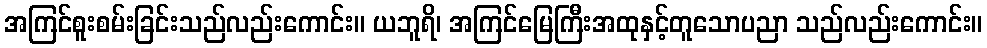
အကြင်စူးစမ်းခြင်းသည်လည်းကောင်း။ ယဘူရိ၊ အကြင်မြေကြီးအထုနှင့်တူသောပညာ သည်လည်းကောင်း။